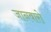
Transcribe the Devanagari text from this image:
जानवारो